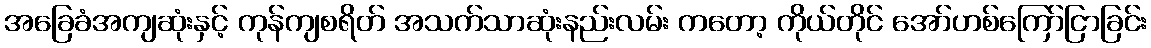
အခြေခံအကျဆုံးနှင့် ကုန်ကျစရိတ် အသက်သာဆုံးနည်းလမ်း ကတော့ ကိုယ်တိုင် အော်ဟစ်ကြော်ငြာခြင်း